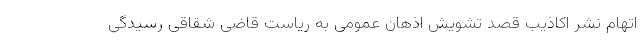
اتهام نشر اکاذیب قصد تشویش اذهان عمومی به ریاست قاضی شقاقی رسیدگی